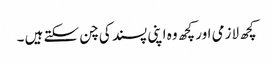
کچھ لازمی اور کچھ وہ اپنی پسند کی چن سکتے ہیں ۔